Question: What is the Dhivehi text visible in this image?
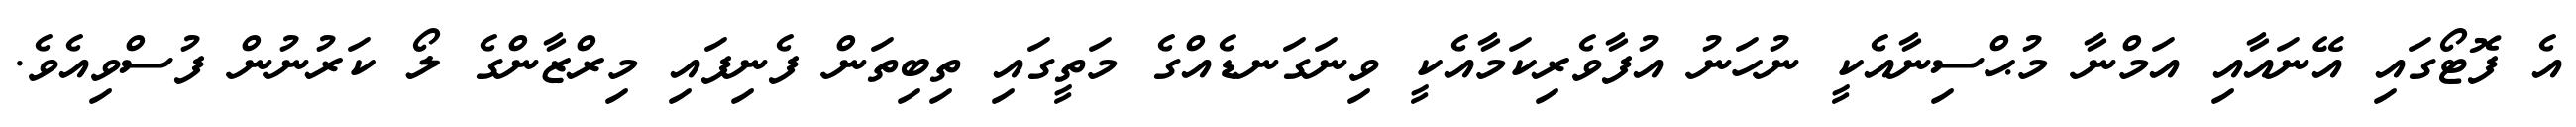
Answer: އެ ފޮޓޯގައި އޭނައާއި އަމްނާ މުޙްސިނާއެކީ ނުހަނު އުފާވެރިކަމާއެކީ ވިނަގަނޑެއްގެ މަތީގައި ތިބިތަން ފެނިފައި މިރްޒާންގެ ލޯ ކަރުނުން ފުސްވިއެވެ.